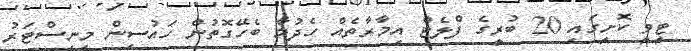
ޓީވީ ކޮށީގައި 20 ބުރީގެ ފްލެޓް އިމާރާތެއް ހެދުމާ ބެހޭގޮތުން ހައުސިން މިނިސްޓަރު